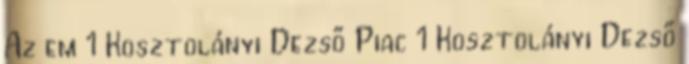
Az em 1 Kosztolányi Dezső Piac 1 Kosztolányi Dezső